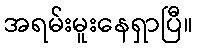
အရမ်းမူးနေရှာပြီ။